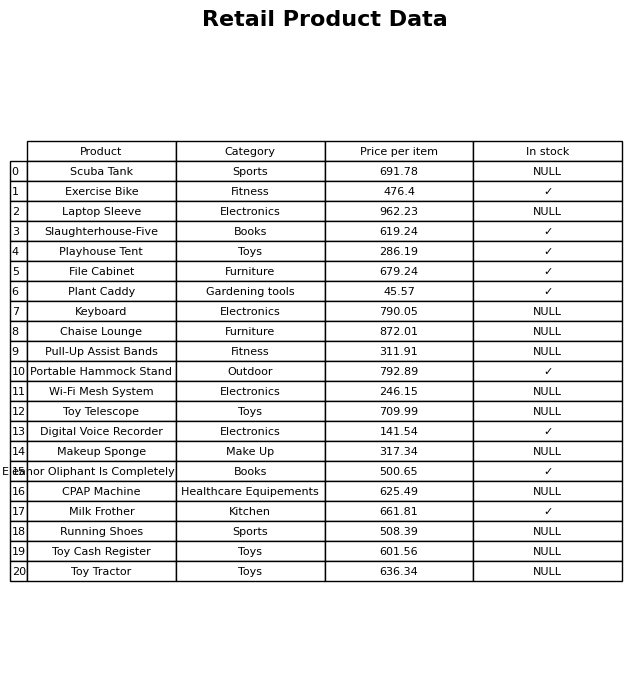
question: What is the price for File Cabinet?
answer: The price of File Cabinet is 679.24.